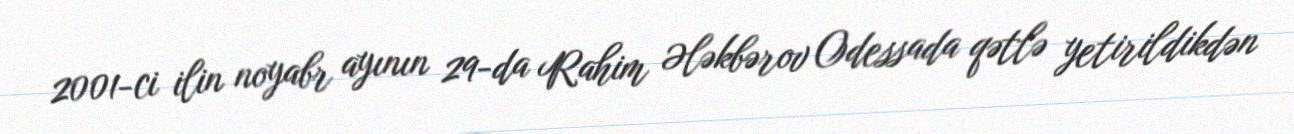
2001-ci ilin noyabr ayının 29-da Rahim Ələkbərov Odessada qətlə yetirildikdən